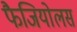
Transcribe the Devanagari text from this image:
फैजियोलस